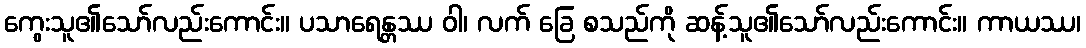
ကွေးသူ၏သော်လည်းကောင်း။ ပသာရေန္တဿ ဝါ၊ လက် ခြေ စသည်ကို ဆန့်သူ၏သော်လည်းကောင်း။ ကာယဿ၊